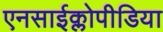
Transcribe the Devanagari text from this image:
एनसाईक्लोपीडिया